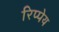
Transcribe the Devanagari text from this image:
रिप्पेय